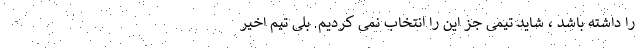
را داشته باشد ، شاید تیمی جز این را انتخاب نمی کردیم. بلی تیم اخیر